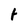
Character: t